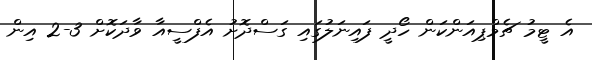
އެ ޓީމު ޗެމްޕިއަންކަން ހޯދީ ފައިނަލުގައި ގަސްދޮށު އެފްސީއާ ވާދަކޮށް 3-2 އިން